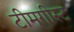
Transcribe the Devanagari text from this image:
टीमगीस्ट